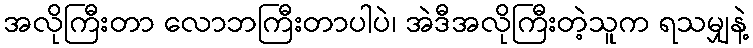
အလိုကြီးတာ လောဘကြီးတာပါပဲ၊ အဲဒီအလိုကြီးတဲ့သူက ရသမျှနဲ့